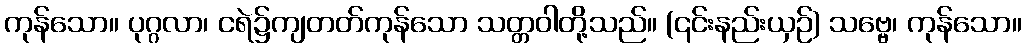
ကုန်သော။ ပုဂ္ဂလာ၊ ငရဲ၌ကျတတ်ကုန်သော သတ္တဝါတို့သည်။ (၎င်းနည်းယှဉ်) သဗ္ဗေ၊ ကုန်သော။